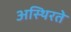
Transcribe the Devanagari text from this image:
अस्थिरते